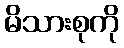
မိသားစုကို